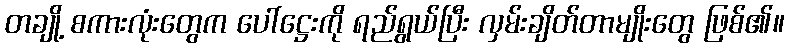
တချို့ စကားလုံးတွေက ပေါ်ဋ္ဌေးကို ရည်ရွယ်ပြီး လှမ်းချိတ်တာမျိုးတွေ ဖြစ်၏။